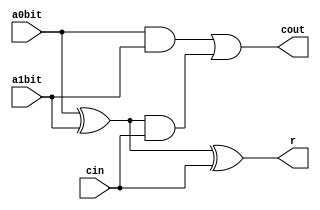
//FULL ADDER

module fulladder(a0bit, a1bit, cin, r, cout);

 input wire a0bit, a1bit, cin;
 output reg r, cout;


 always @(a0bit or a1bit or cin)
  begin 
   r = a0bit ^ a1bit ^ cin; 
   cout = (a0bit & a1bit) | (a1bit^a0bit) & cin; 
	
  end
  
endmodule